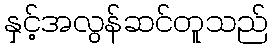
နှင့်အလွန်ဆင်တူသည်